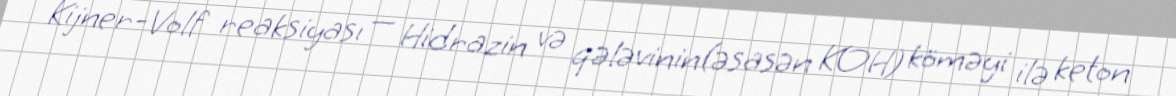
Kijner-Volf reaksiyası — Hidrazin və qələvinin(əsasən KOH) köməyi ilə keton